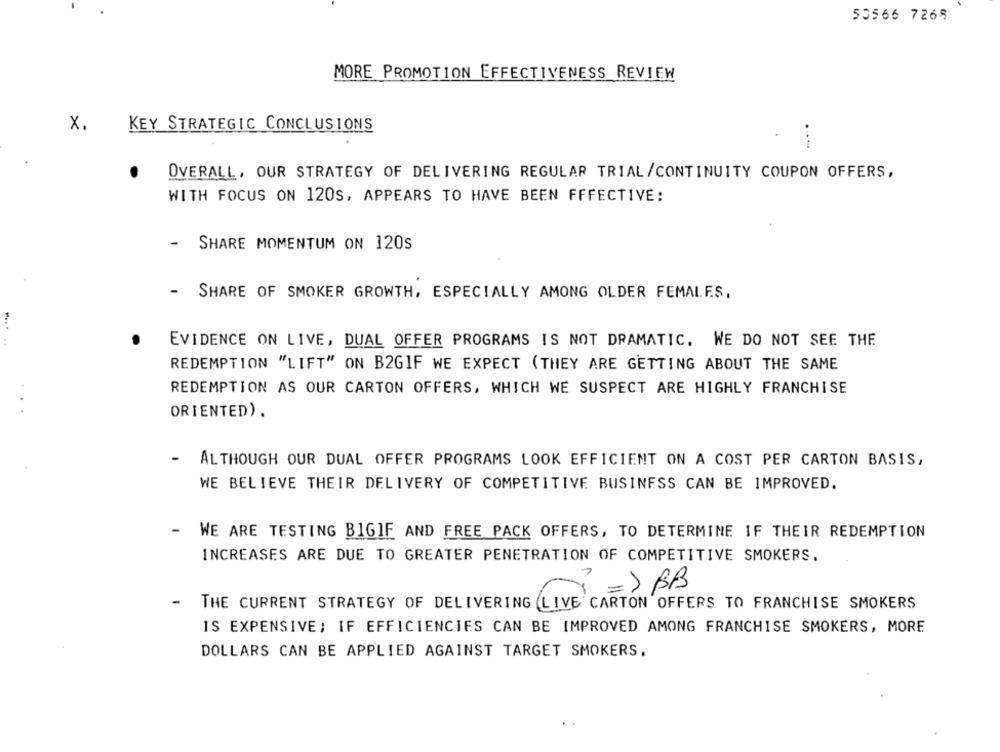
53566 7268
MORE PROMOTION EFFECTIVENESS REVIEW
x.
KEY STRATEGIC CONCLUSIONS
......
OVERALL, OUR STRATEGY OF DELIVERING REGULAR TRIAL/CONTINUITY COUPON OFFERS,
WITH FOCUS ON 120S, APPEARS TO HAVE BEEN FFFECTIVE:
- SHARE MOMENTUM ON 120s
- SHARE OF SMOKER GROWTH, ESPECIALLY AMONG OLDER FEMALES,
EVIDENCE ON LIVE, DUAL OFFER PROGRAMS IS NOT DRAMATIC. WE DO NOT SEE THE
REDEMPTION "LIFT" ON B2GIF WE EXPECT (THEY ARE GETTING ABOUT THE SAME
REDEMPTION AS OUR CARTON OFFERS, WHICH WE SUSPECT ARE HIGHLY FRANCHISE
ORIENTED).
-
ALTHOUGH OUR DUAL OFFER PROGRAMS LOOK EFFICIENT ON A COST PER CARTON BASIS,
WE BELIEVE THEIR DELIVERY OF COMPETITIVE BUSINESS CAN BE IMPROVED.
WE ARE TESTING BIGIF AND FREE PACK OFFERS, TO DETERMINE IF THEIR REDEMPTION
INCREASES ARE DUE TO GREATER PENETRATION OF COMPETITIVE SMOKERS.
= > BB
THE CURRENT STRATEGY OF DELIVERING LIVE CARTON OFFERS TO FRANCHISE SMOKERS
IS EXPENSIVE; IF EFFICIENCIES CAN BE IMPROVED AMONG FRANCHISE SMOKERS, MORE
DOLLARS CAN BE APPLIED AGAINST TARGET SMOKERS.